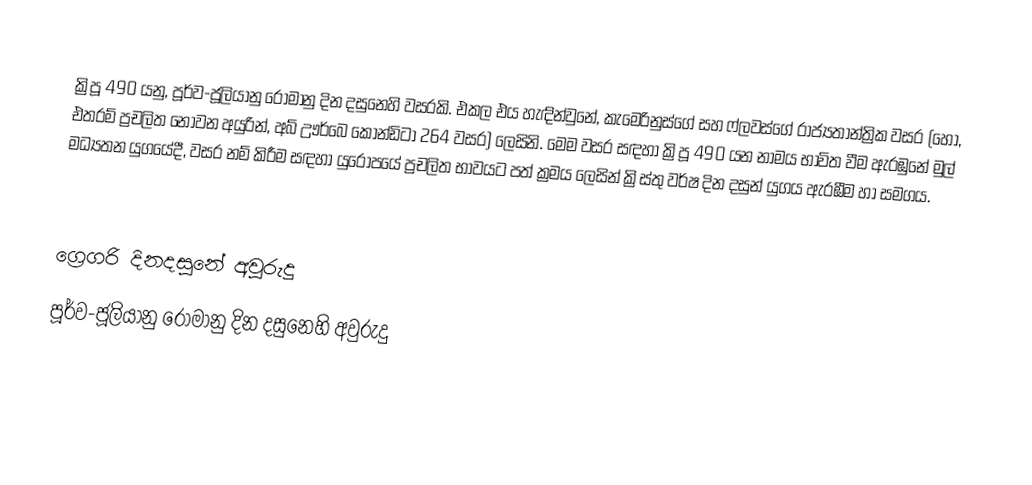

ක්‍රිපූ 490 යනු, පූර්ව-ජූලියානු රෝමානු දින දසුනෙහි වසරකි. එකල එය හැඳින්වුනේ, කැමෙරිනුස්ගේ සහ ෆ්ලවස්ගේ රාජ්‍යතාන්ත්‍රික වසර (හෝ, එතරම් ප්‍රචලිත නොවන අයුරින්, අබ් ඌර්බෙ කෝන්ඩිටා 264 වසර) ලෙසිනි. මෙම වසර සඳහා ක්‍රිපූ 490 යන නාමය භාවිත වීම ඇරඹුනේ මුල්  මධ්‍යතන යුගයේදී, වසර නම් කිරීම සඳහා යුරෝපයේ ප්‍රචලිත භාවයට පත් ක්‍රමය ලෙසින් ක්‍රිස්තු වර්ෂ දින දසුන් යුගය ඇරඹීම හා සමගය.

ග්‍රෙගරි දිනදසුනේ අවුරුදු
පූර්ව-ජූලියානු රෝමානු දින දසුනෙහි අවුරුදු